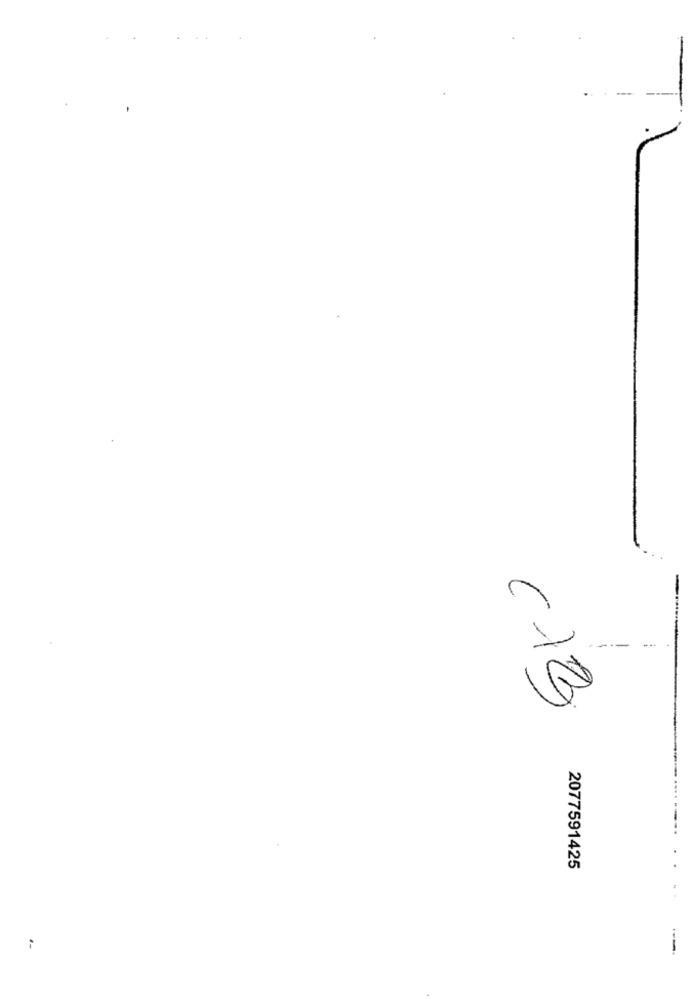
-1
---
C73
2077591425